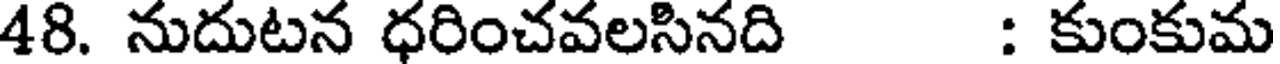
48. నుదుటన ధరించవలసినది : కుంకుమ